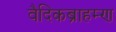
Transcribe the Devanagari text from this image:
वैदिकब्राहम्ण